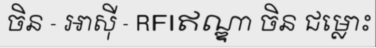
ចិន - អាស៊ី - RFIឥណ្ឌា ចិន ជម្លោះ